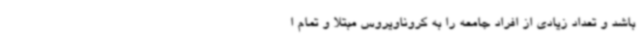
باشد و تعداد زیادی از افراد جامعه را به کروناویروس مبتلا و تمام ا